Leningradi_Edasi_toimetus, lk 18
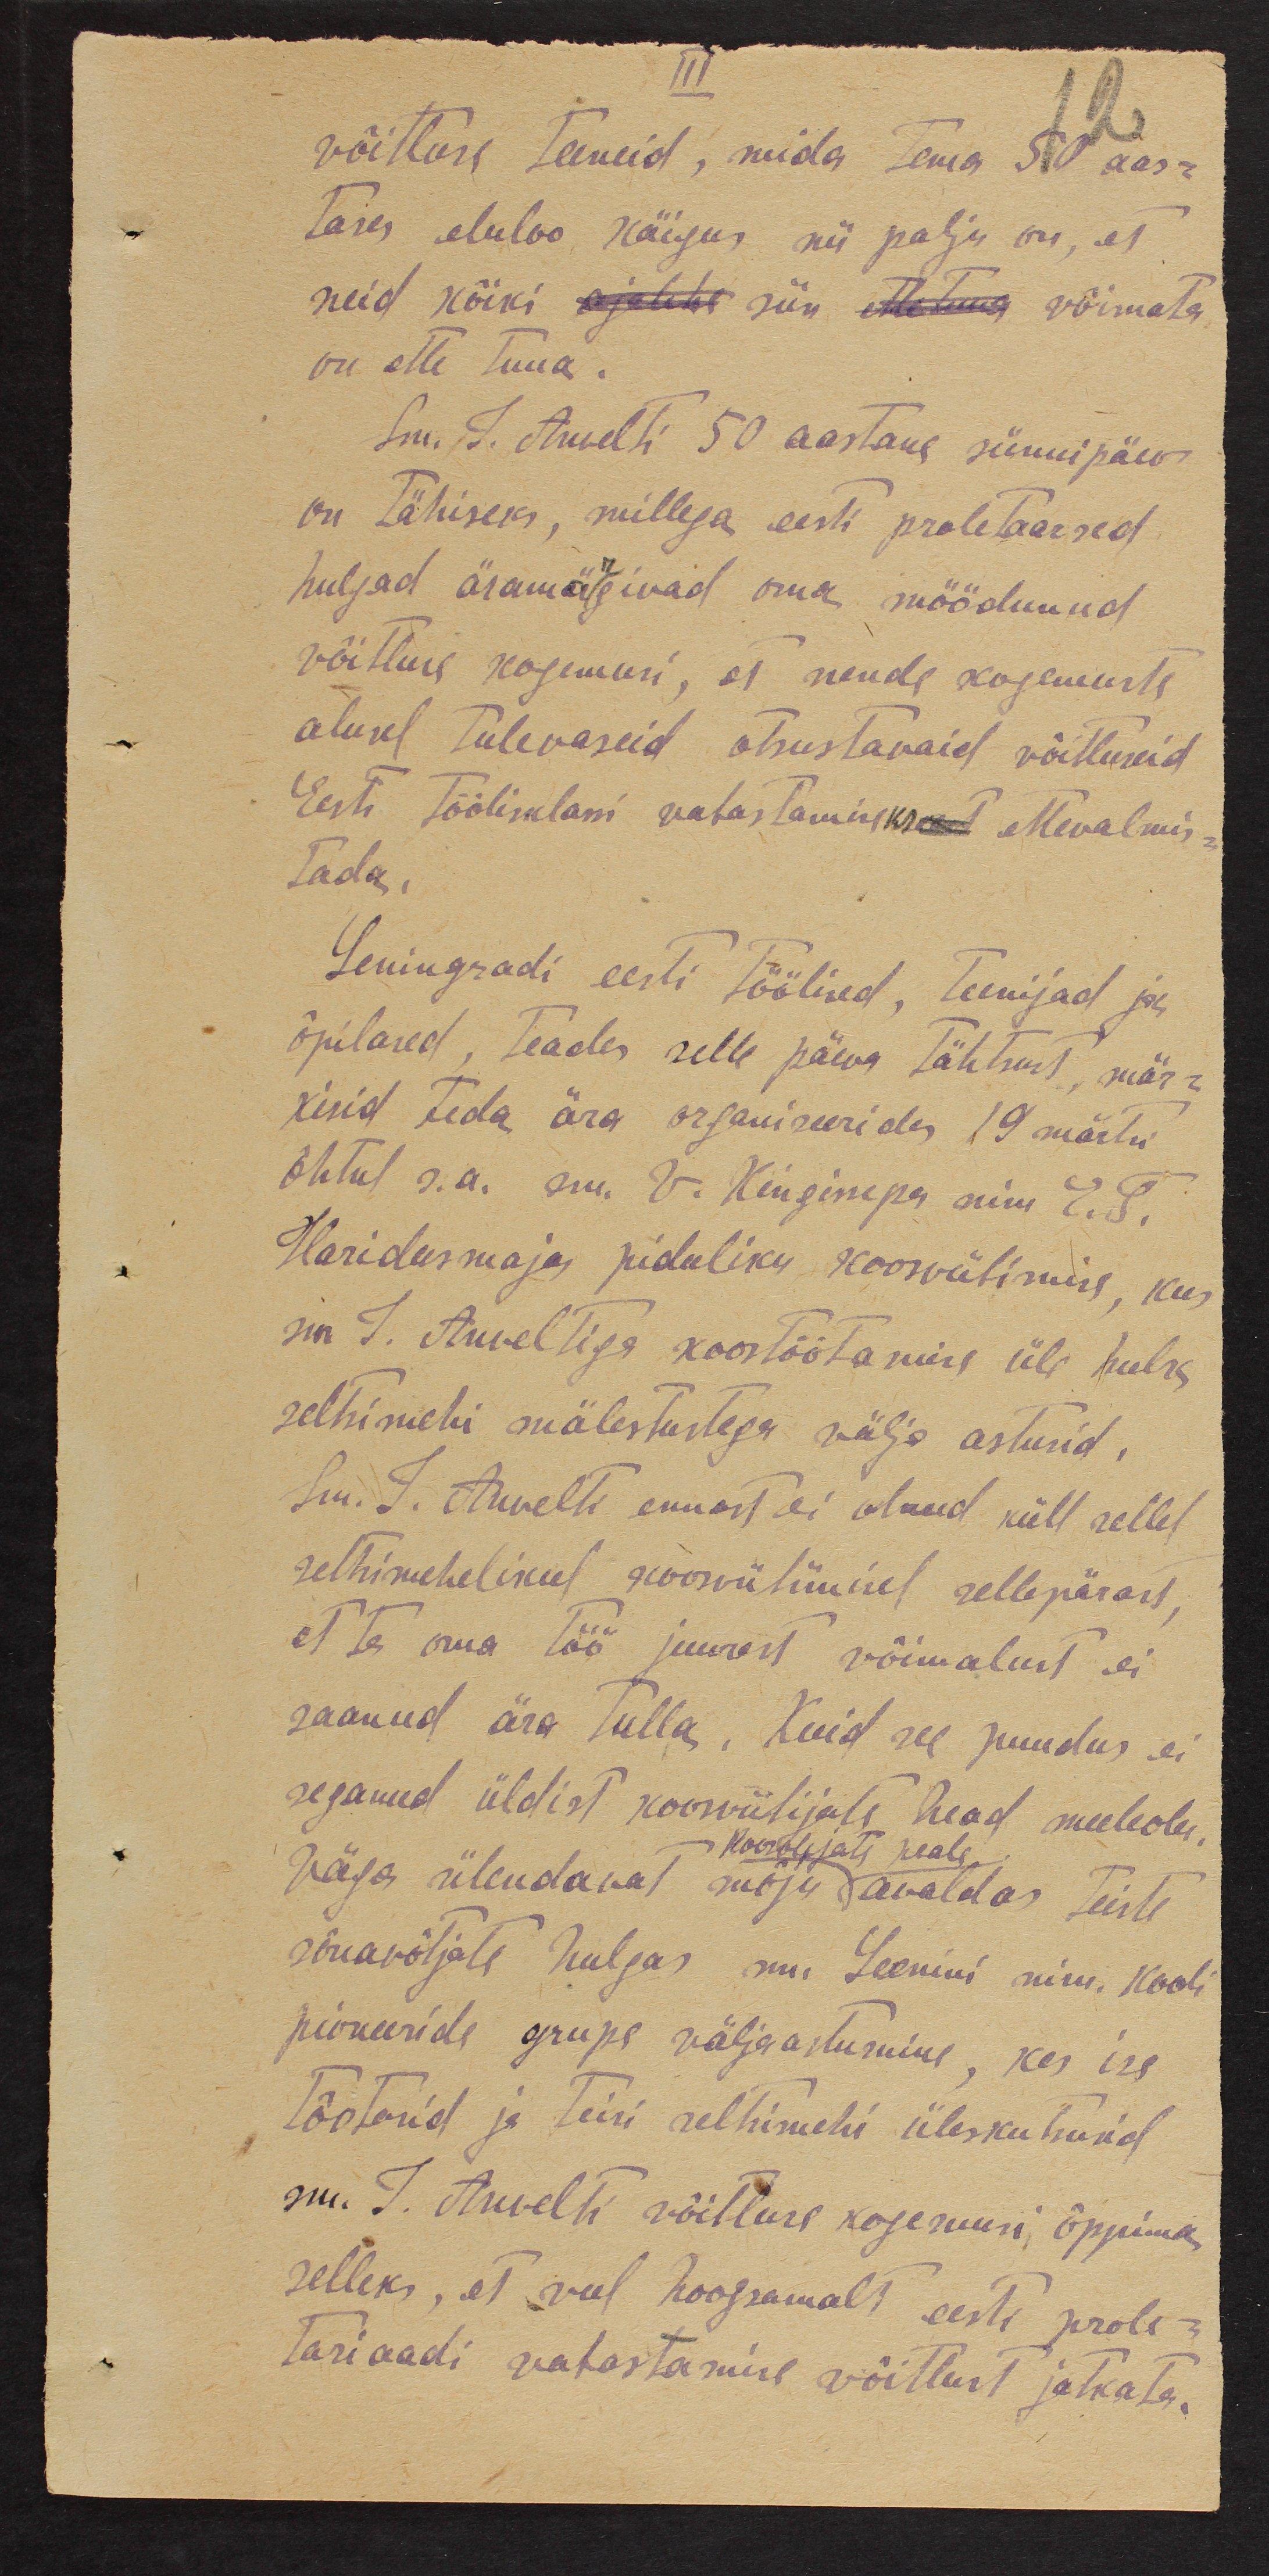
III
võitluse teeneid, mida tema 50 aas-
tases eluloo käigus nii palju on, et
neid kõiki ajalehe siin ette tuua võimata
on ette tuua.
Sm. J. Anvelti 50 aastane sünnipäev
on tähiseks, millega eesti proletaarsed
huljad äramägivad oma möödunud
võitluse kogemusi, et nende kogemuste
alusel tulevaseid otsustavaid võitluseid
Eesti Töölisklassi vabastamiseks ettevalmis-
tada.
Leningradi eesti töölised, teenijad ja
õpilased, teades selle päeva tähtsust, mär-
kisid teda ära organiseerides 19 märtsi
õhtul s.a. sm. V. Kingissepa nim E. T.
Haridusmaja piduliku koosviibimise, kus
sm. J. Anveltiga koostöötamise üle hulk
seltsimehi mälestustega välja astusid.
Sm. J. Anvelti ennast ei olnud küll sellel
seltsimehelikul koosviibimisel sellepärast,
et ta oma töö juurest võimalust ei
saanud ära tulla. Kuid see puudus ei
seganud üldist koosviibijate head meeleolu.
Väga ülendavat mõju avaldas teiste
sõnavõtjate hulgas sm. Leenini nimi. Kooli
pioneeride grupe väljaastumine, kes ise
tõotasid ja teisi seltsimehi üleskutsusid
sm. J. Anvelti võitluse kogemusi, õppima
selleks, et veel hoogsamalt eesti prole-
tariaadi vabastamise võitlust jätkata.